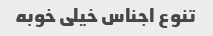
تنوع اجناس خیلی خوبه